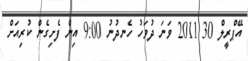
އޭޕްރީލް 30 2011 ވަނަ ދުވަހު ހެނދުނު 9:00 އިން ފެށިގެން ކުރިއަށް